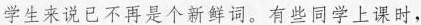
学生来说已不再是个新鲜词。有些同学上课时，